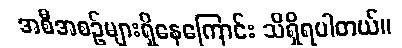
အစီအစဉ်များရှိနေကြောင်း သိရှိရပါတယ်။